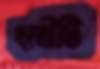
ছাত্রীটি